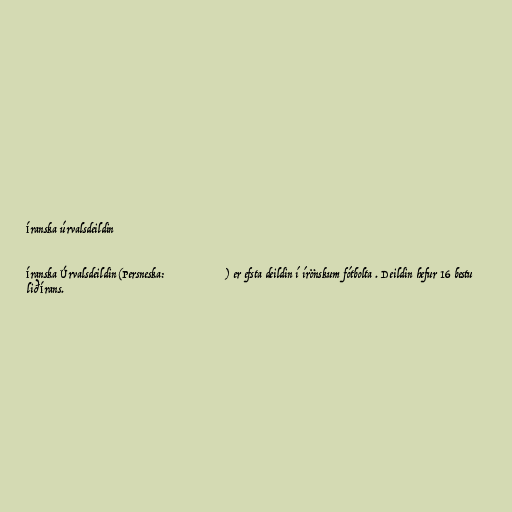
Íranska úrvalsdeildin

Íranska Úrvalsdeildin (Persneska: لیگ برتر خلیج فارس) er efsta deildin í írönskum fótbolta . Deildin hefur 16 bestu
lið Írans.